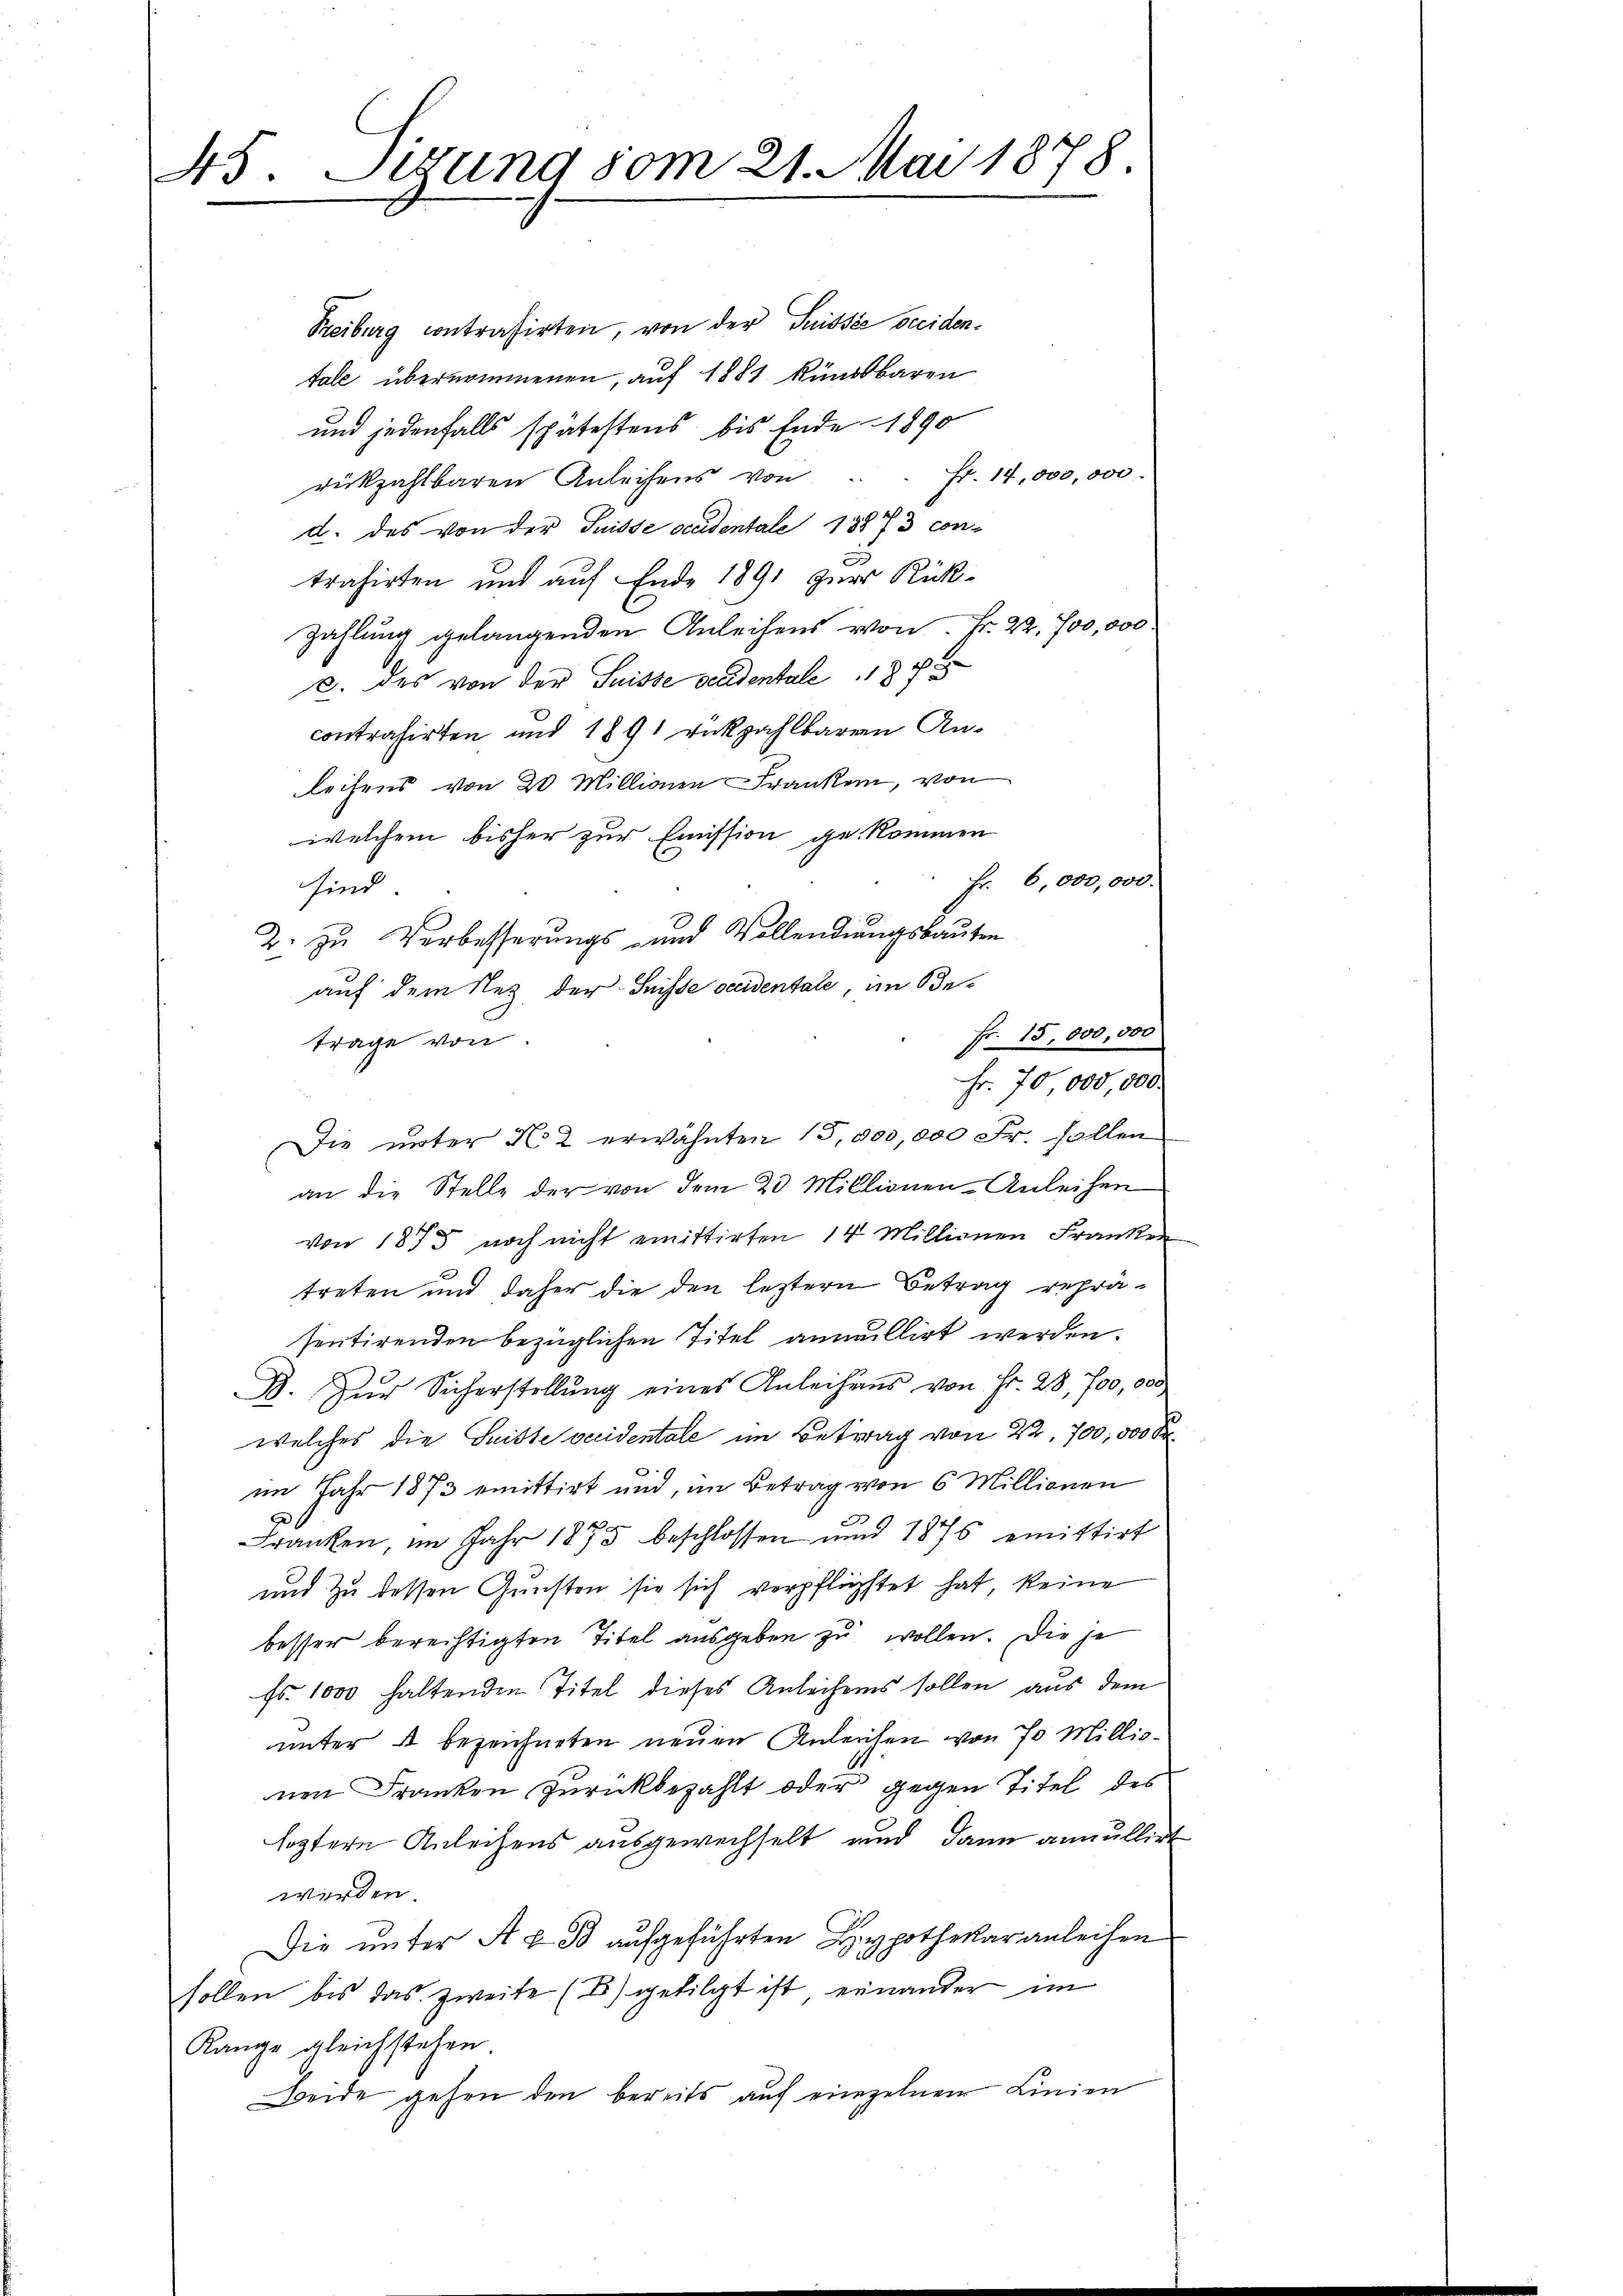
45. Sitzung vom 21. Mai 1878.

Die unter No 2 erwähnten 15,500,000 Fr. sollen

Treiburg contrasirten, von der Saissée occidentale übernommenen, auf 1881 kündbaren
und jedenfalls spätestens bis Ende 1890
Fr. 14,000,000.
rückzahlbaren Anleihens von
d. des von der Suisse occidentale 13873 con-
trahirten und auf Ende 1891 zur Rück¬
Zahlung gelangenden Anleihens von Fr. 22. 700,000
c. des von der Suisse occidentale 187
contrahirten und 1891 rückzahlbaren An-
leisens von 20 Millionen Franken, von
welchem bisher zur Emission gekommen
Fr. 6,000,000.
sind
2. zu Verbesserungs- und Vollendungsbauten
auf dem Nez der Suisse occidentate, im Betrage von
an die Stelle der von dem 20 Millionen-Anleihen
von 1873 noch nicht emittirten 14 Millionen Franken
treten und daher die den letztern Betrag repräsentirenden bezüglichen Titel annullirt werden.
B. Zŭr Sicherstellŭng eines Anleihens von Fr. 28, 700,000
welches die Suisse vecidentale im Betrag von 22, 700,000 Fr.
im Jahr 1873 emittirt und, im Betrag von 6 Millionen
Franken im Jahr 1875 beschlossen und 1876 emittirt
und zu dessen Gunsten sie sich verpflichtet hat keine
besser berechtigten Titel ausgeben zu wollen. Die je
Fs. 1000 haltenden Titel dieses Anleihens sollen aus dem
unter A bezeichneten neuen Anleichen von 70 Millionen Franken zurückbezahlt oder gegen Titel des
lostern Anleihens ausgewechselt und dann annullirt
werden.
Die unter A & B aufgeführten Hypothekar anleihen
sollen bis das zweite (B) getilgt ist, einander im
Kange gleichstehen.
Beide gehen den bereits auf einzelnen Linien

Fr. 15,000,000
Fr. 70 000,000.

.